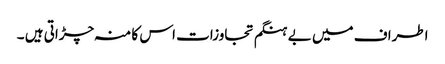
اطراف میں بے ہنگم تجاوزات اس کا منہ چڑاتی ہیں ۔